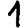
Digit: 1